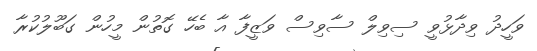
ވަހީދު ވިދާޅުވީ ސިވިލް ސާވިސް ވަޒީފާ އާ ބެހޭ ގޮތުން މީހުން ގަބޫލުކުރާ